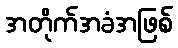
အတိုက်အခံအဖြစ်